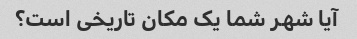
آیا شهر شما یک مکان تاریخی است؟